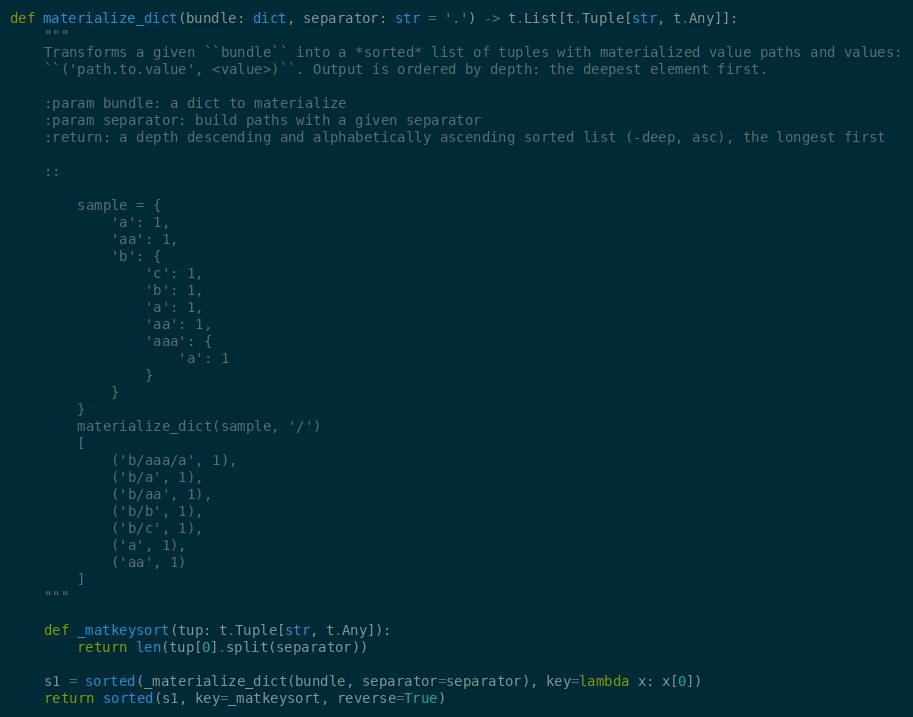
Language: Python
def materialize_dict(bundle: dict, separator: str = '.') -> t.List[t.Tuple[str, t.Any]]:
    """
    Transforms a given ``bundle`` into a *sorted* list of tuples with materialized value paths and values:
    ``('path.to.value', <value>)``. Output is ordered by depth: the deepest element first.

    :param bundle: a dict to materialize
    :param separator: build paths with a given separator
    :return: a depth descending and alphabetically ascending sorted list (-deep, asc), the longest first

    ::

        sample = {
            'a': 1,
            'aa': 1,
            'b': {
                'c': 1,
                'b': 1,
                'a': 1,
                'aa': 1,
                'aaa': {
                    'a': 1
                }
            }
        }
        materialize_dict(sample, '/')
        [
            ('b/aaa/a', 1),
            ('b/a', 1),
            ('b/aa', 1),
            ('b/b', 1),
            ('b/c', 1),
            ('a', 1),
            ('aa', 1)
        ]
    """

    def _matkeysort(tup: t.Tuple[str, t.Any]):
        return len(tup[0].split(separator))

    s1 = sorted(_materialize_dict(bundle, separator=separator), key=lambda x: x[0])
    return sorted(s1, key=_matkeysort, reverse=True)